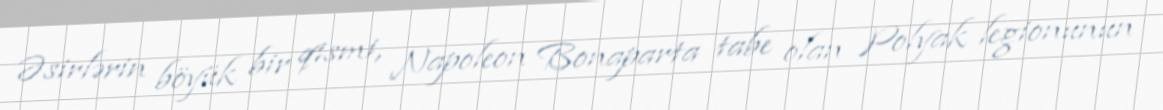
Əsirlərin böyük bir qismi, Napoleon Bonaparta tabe olan Polyak legionunun